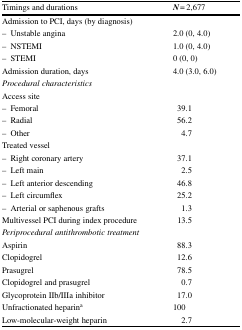
| Timings and durations | N = 2,677 |
 | --- | --- |
 | <COLSPAN=2> Admission to PCI, days (by diagnosis) |
 | – Unstable angina | 2.0 (0, 4.0) |
 | – NSTEMI | 1.0 (0, 4.0) |
 | – STEMI | 0 (0, 0) |
 | Admission duration, days | 4.0 (3.0, 6.0) |
 | <COLSPAN=2> Procedural characteristics |
 | <COLSPAN=2> Access site |
 | – Femoral | 39.1 |
 | – Radial | 56.2 |
 | – Other | 4.7 |
 | <COLSPAN=2> Treated vessel |
 | – Right coronary artery | 37.1 |
 | – Left main | 2.5 |
 | – Left anterior descending | 46.8 |
 | – Left circumflex | 25.2 |
 | – Arterial or saphenous grafts | 1.3 |
 | Multivessel PCI during index procedure | 13.5 |
 | <COLSPAN=2> Periprocedural antithrombotic treatment |
 | Aspirin | 88.3 |
 | Clopidogrel | 12.6 |
 | Prasugrel | 78.5 |
 | Clopidogrel and prasugrel | 0.7 |
 | Glycoprotein IIb/IIIa inhibitor | 17.0 |
 | Unfractionated heparina | 100 |
 | Low-molecular-weight heparin | 2.7 |